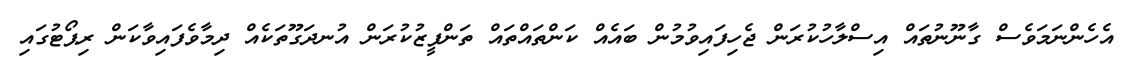
އެހެންނަމަވެސް ގާނޫނުތައް އިސްލާހުކުރަން ޖެހިފައިވުމުން ބައެއް ކަންތައްތައް ތަންފީޒުކުރަން އުނދަގޫތަކެއް ދިމާވެފައިވާކަން ރިޕޯޓުގައި